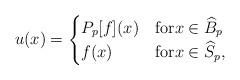
LaTeX: \begin{align*} u(x)= \begin{cases} P_p[f](x) & \textrm{for}x\in \widehat{B}_p\\ f(x) & \textrm{for}x\in \widehat{S}_p, \end{cases} \end{align*}